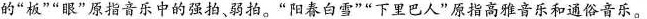
的”板””眼”原指音乐中的强拍、弱拍。”阳春白雪””下里巴人”原指高雅音乐和通俗音乐。